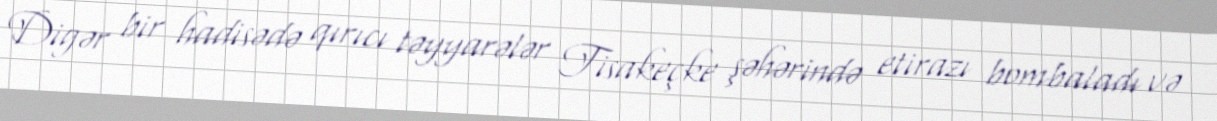
Digər bir hadisədə qırıcı təyyarələr Tisakeçke şəhərində etirazı bombaladı və